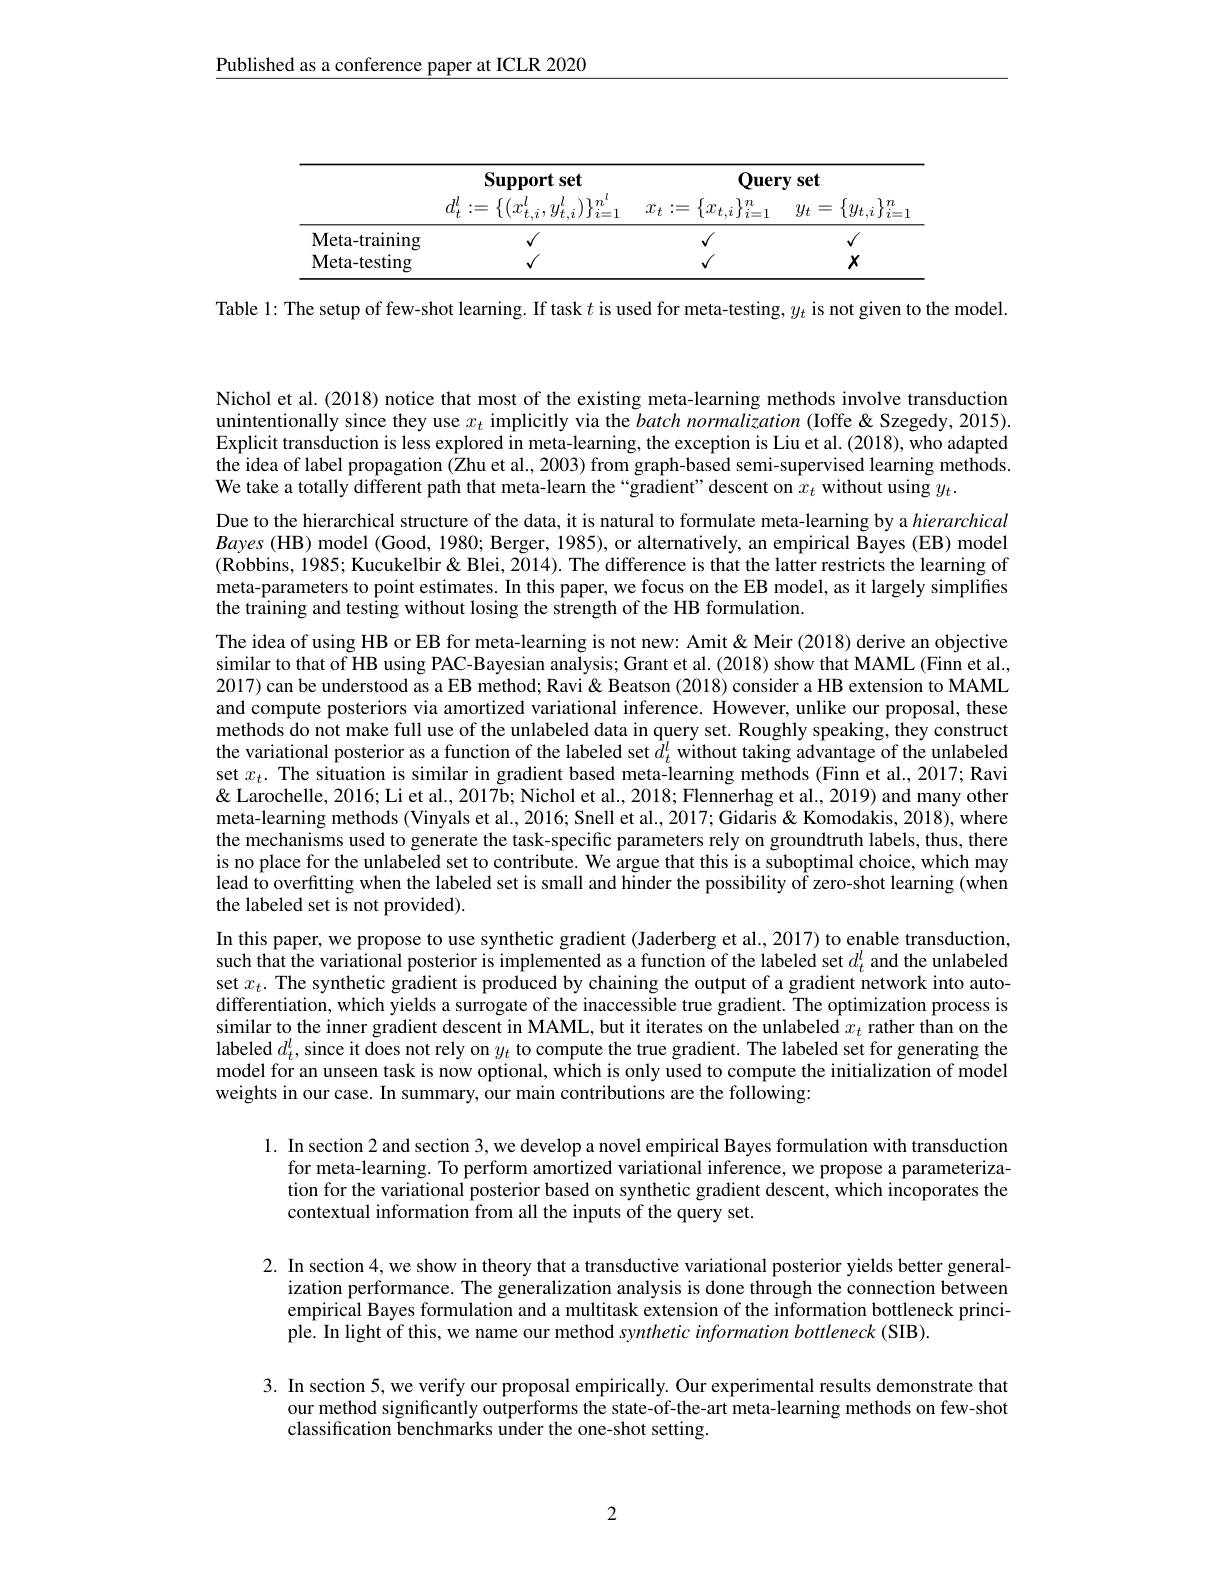
$\underline{\text{Published as a conference paper at ICLR 2020}}$

<table>
	<tbody>
		<tr>
			<th> </th>
			<th>Support set</th>
			<th>Support set</th>
			<th colspan="2">Query set</th>
		</tr>
		<tr>
			<th> </th>
			<th>$\{(x_{t,i}^{l},y_{t,i}^{l})\}_{i=}^{n^{l}}$ $d_{t}^{l}$ $\because=$ -</th>
			<th>$\{(x_{t,i}^l,y_{t,i}^l$ $_{.i})\}_{i}^{n}$ 7 =1</th>
			<th>$\{x_{t,i}\}_{i=1}^n$ =</th>
			<th>$\{y_{t,i}\}_{i=1}^n$ $y_{t}$ = -</th>
		</tr>
		<tr>
			<td>Meta- training</td>
			<td>$√$</td>
			<td>$√$</td>
			<td>$√$</td>
			<td>$√$</td>
		</tr>
		<tr>
			<td>$\mathbf{Meta-testing}$</td>
			<td> </td>
			<td> </td>
			<td>/</td>
			<td>$X$</td>
		</tr>
	</tbody>
</table>

Table l: The setup of few-shot learning. If task $t$ is used for meta-testing, $y_t$ is not given to the model.

Nichol et al. (2018) notice that most of the existing meta-learning methods involve transduction unintentionally since they use $x_{t}$ implicitly via the batch normalization (Ioffe &Szegedy, 2015). Explicit transduction is less explored in meta-learning, the exception is Liu et al. (2018), who adapted the idea of label propagation (Zhu et al., 2003) from graph-based semi-supervised learning methods. We take a totally different path that meta-learn the“gradient”descent on $\hat{x}_t$ without using $y_t.$
Due to the hierarchical structure of the data, it is natural to formulate meta-learning by a hierarchical Bayes (HB) model (Good, 1980; Berger, 1985), or alternatively, an empirical Bayes (EB) model (Robbins, 1985; Kucukelbir& Blei, 2014). The difference is that the latter restricts the learning of meta-parameters to point estimates. In this paper, we focus on the EB model, as it largely simpliffes the training and testing without losing the strength of the HB formulation.
The idea of using HB or EB for meta-learning is not new: Amit & Meir (2018) derive an objective similar to that of HB using PAC-Bayesian analysis; Grant et al. (2018) show that MAML (Finn et al., 2017) can be understood as a EB method; Ravi & Beatson (2018) consider a HB extension to MAML and compute posteriors via amortized variational inference. However, unlike our proposal, these methods do not make full use of the unlabeled data in query set. Roughly speaking, they construct the variational posterior as a function of the labeled set $\hat{d}_t^l$ without taking advantage of the unlabeled set $x_t.$ The situation is similar in gradient based meta-learning methods (Finn et al., 2017; Ravi & Larochelle, 2016; Li et al., 2017b; Nichol et al., 2018; Flennerhag et al., 2019) and many other meta-learning methods (Vinyals et al., 2016; Snell et al., 2017; Gidaris & Komodakis, 2018), where the mechanisms used to generate the task-specific parameters rely on groundtruth labels, thus, there is no place for the unlabeled set to contribute. We argue that this is a suboptimal choice, which may lead to overfitting when the labeled set is small and hinder the possibility o$\bar{\mathrm{f}}$ zero-shot learning (when the labeled set is not provided).
In this paper, we propose to use synthetic gradient (Jaderberg et al., 2017) to enable transduction, such that the variational posterior is implemented as a function of the labeled set $d_t^l$ and the unlabeled set $x_t.$ The synthetic gradient is produced by chaining the output of a gradient network into autodifferentiation, which yields a surrogate of the inaccessible true gradient. The optimization process is similar to the inner gradient descent in MAML, but it iterates on the unlabeled $x_t$ rather than on the labeled $d_t^l$, since it does not rely on $y_t$ to compute the true gradient. The labeled set for generating the model for an unseen task is now optional, which is only used to compute the initialization of model weights in our case. In summary, our main contributions are the following:
1. In section 2 and section 3, we develop a novel empirical Bayes formulation with transduction

for meta-learning. To perform amortized variational inference, we propose a parameterization for the variational posterior based on synthetic gradient descent, which incoporates the contextual information from all the inputs of the query set.

2. In section 4, we show in theory that a transductive variational posterior yields better general-
ization performance. The generalization analysis is done through the connection between empirical Bayes formulation and a multitask extension of the information bottleneck principle. In light of this, we name our method synthetic information bottleneck (SIB).

3. In section 5, we verify our proposal empirically. Our experimental results demonstrate that
our method significantly outperforms the state-of-the-art meta-learning methods on few-shot
classification benchmarks under the one-shot setting.

2